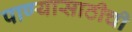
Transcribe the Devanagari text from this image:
पाण्यासाठीची